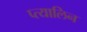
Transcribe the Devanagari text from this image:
प्त्यालिन